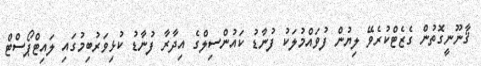
ޤާނޫނީގޮތުން ގެޒެޓްކުރެވޭ ލިޔުން ފުވައްމުލަކު ފުނާޑު ކައުންސިލްގެ އިދާރާ ފުނާޑު ކުޅިވަރުބިމުގައި ލައިޓްޕޯސްޓް